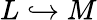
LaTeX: L\hookrightarrow M